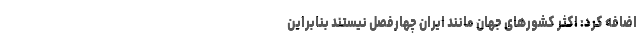
اضافه کرد: اکثر کشورهای جهان مانند ایران چهارفصل نیستند بنابراین